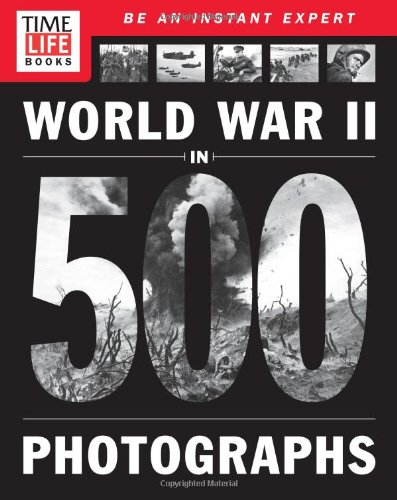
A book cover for TIME-LIFE World War II in 500 Photographs; TIME/LIFE BOOKS; Arts & Photography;